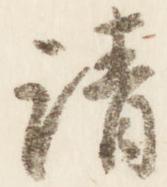
清